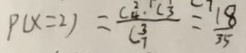
P ( x = 2 ) = \frac { C _ { 4 } ^ { 2 } \cdot C \frac { 1 } { 3 } } { C _ { 7 } ^ { 3 } } = \frac { 1 8 } { 3 5 }